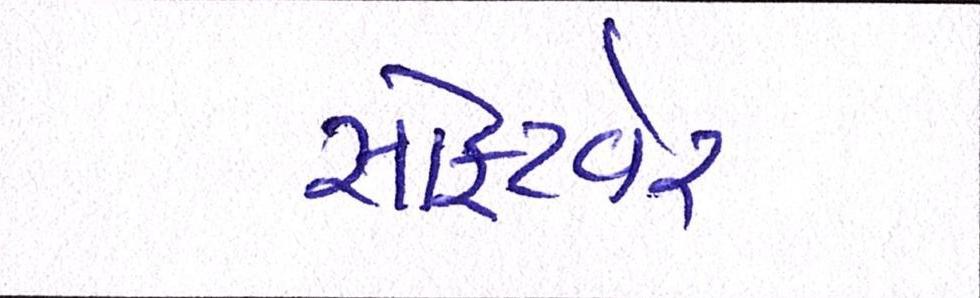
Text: સોફટવેર